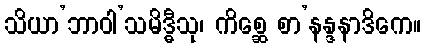
သိယာ’ဘာဝါ’သမိဒ္ဓီသု၊ ကိစ္ဆေ စာ’နန္ဒနာဒိကေ။